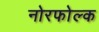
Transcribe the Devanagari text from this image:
नोरफोल्क